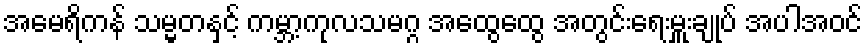
အမေရိကန် သမ္မတနှင့် ကမ္ဘာ့ကုလသမဂ္ဂ အထွေထွေ အတွင်းရေးမှူးချုပ် အပါအဝင်